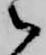
通